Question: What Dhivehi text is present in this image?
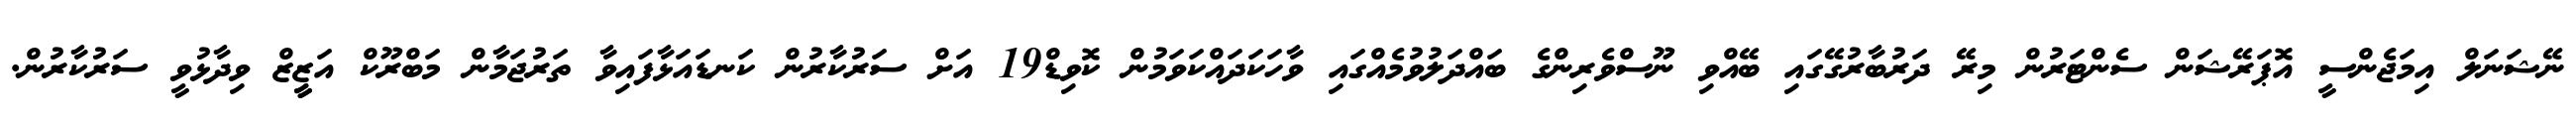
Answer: ނޭޝަނަލް އިމަޖެންސީ އޮޕަރޭޝަން ސެންޓަރުން މިރޭ ދަރުބާރުގޭގައި ބޭއްވި ނޫސްވެރިންގެ ބައްދަލުވުމެއްގައި ވާހަކަދައްކަވަމުން ކޮވިޑް19 އަށް ސަރުކާރުން ކަނޑައަޅާފައިވާ ތަރުޖަމާން މަބްރޫކް އަޒީީޒް ވިދާޅުވީ ސަރުކާރުން.